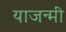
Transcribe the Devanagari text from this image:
याजन्मी